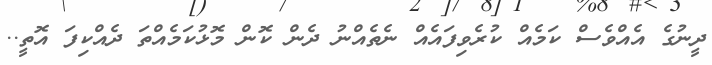
ދީނުގެ އެއްވެސް ކަމެއް ކުރެވިފައެއް ނެތެއްނު ދެން ކޮން މޮޅުކަމެއްތަ ދެއްކިފަ އޮތީ..